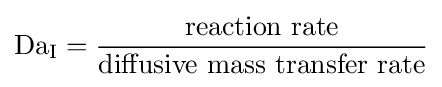
\mathrm {Da} _{\mathrm {I} }={\frac {\text{reaction rate}}{\text{diffusive mass transfer rate}}}